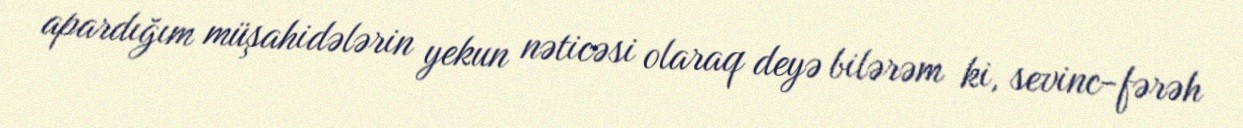
apardığım müşahidələrin yekun nəticəsi olaraq deyə bilərəm ki, sevinc-fərəh